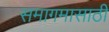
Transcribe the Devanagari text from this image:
समागमासाठी